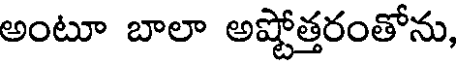
అంటూ బాలా అష్టోత్తరంతోను,